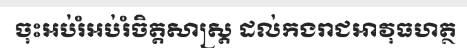
ចុះអប់រំអប់រំចិត្តសាស្ត្រ ដល់កងរាជអាវុធហត្ថ